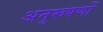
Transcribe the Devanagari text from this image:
अनुरूपणों